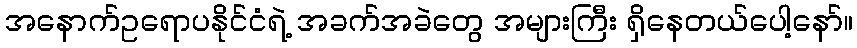
အနောက်ဥရောပနိုင်ငံရဲ့ အခက်အခဲတွေ အများကြီး ရှိနေတယ်ပေါ့နော်။